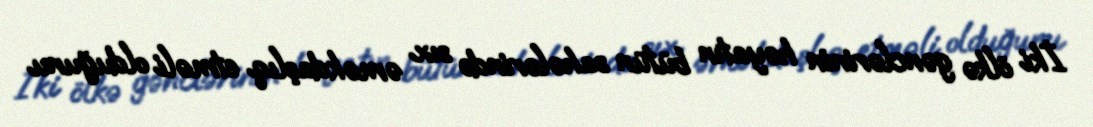
İki ölkə gənclərinin həyatın bütün sahələrində sıx əməkdaşlıq etməli olduğunu